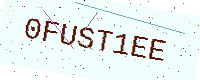
Text: 0FUST1EE